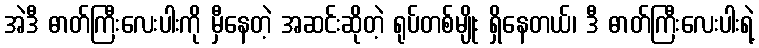
အဲဒီ ဓာတ်ကြီးလေးပါးကို မှီနေတဲ့ အဆင်းဆိုတဲ့ ရုပ်တစ်မျိုး ရှိနေတယ်၊ ဒီ ဓာတ်ကြီးလေးပါးရဲ့